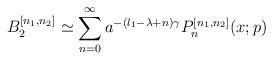
LaTeX: \begin{align*}B_2^{[n_1,n_2]} \simeq \sum^{\infty}_{n=0} a^{-(l_1-\lambda+n)\gamma}P_n^{[n_1,n_2]}(x;p)\end{align*}